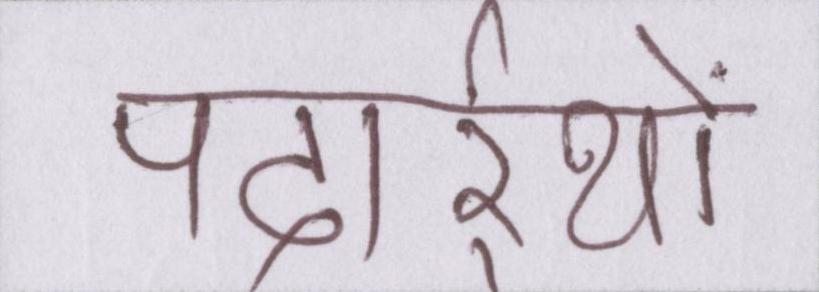
पदार्र्थो